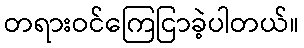
တရားဝင်ကြေငြာခဲ့ပါတယ်။